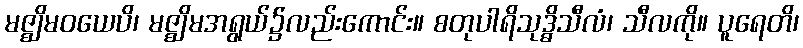
မဇ္ဈိမဝယေပိ၊ မဇ္ဈိမအရွယ်၌လည်းကောင်း။ စတုပါရိသုဒ္ဓိသီလံ၊ သီလကို။ ပူရေတိ၊